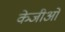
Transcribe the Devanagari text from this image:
केजीओ